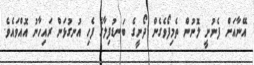
އޭނާއަށް ފެނުނީ ލޮނުން ތެމިފޯވެގެން ދޯނީގެ ބަނޑުފިލާގެ ފެހި އުނގުޅަން ރައިހާނު އޮއްވައެވެ.